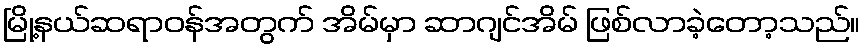
မြို့နယ်ဆရာဝန်အတွက် အိမ်မှာ ဆာဂျင်အိမ် ဖြစ်လာခဲ့တော့သည်။